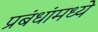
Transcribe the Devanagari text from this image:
प्रबंधांमध्ये